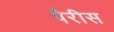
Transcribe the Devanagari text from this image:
पैरीस